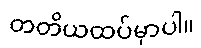
တတိယထပ်မှာပါ။